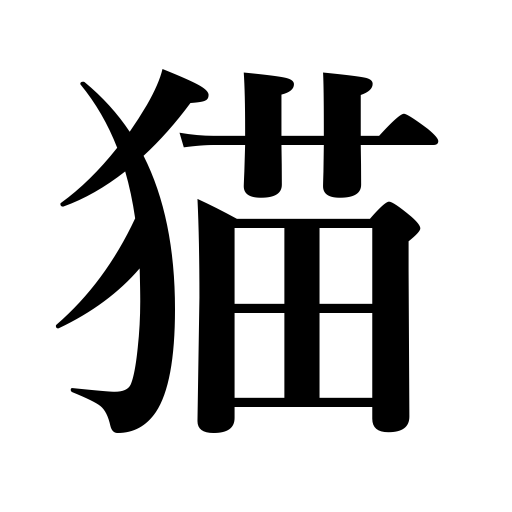
Meanings: cat